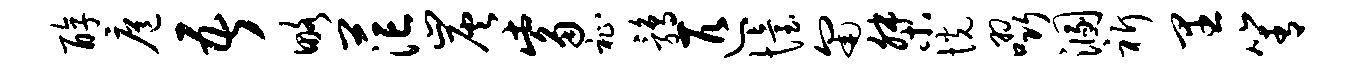
醇扈吾略茫炭觜祉鹑匹怡匍桀恍啜溷祈里箐